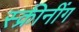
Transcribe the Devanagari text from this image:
स्क्रीनींग